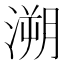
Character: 溯